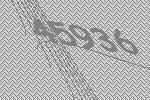
45936